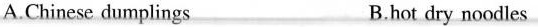
A.Chinese dumplings B.hot dry noodles